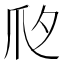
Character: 𤓵